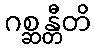
ဂစ္ဆန္တီတိ